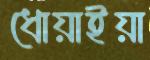
ধোয়াইয়া